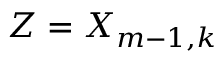
Z = X _ { m - 1 , k }